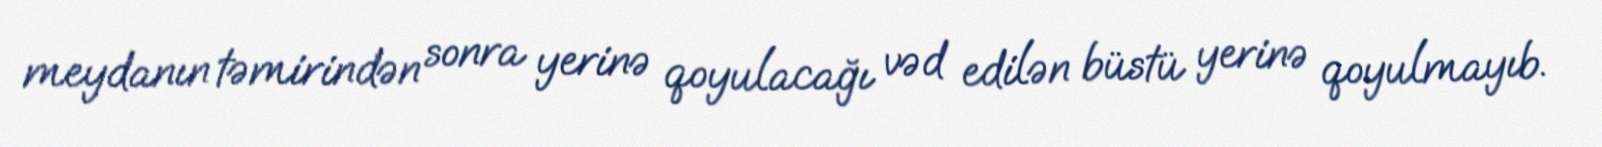
meydanın təmirindən sonra yerinə qoyulacağı vəd edilən büstü yerinə qoyulmayıb.